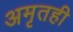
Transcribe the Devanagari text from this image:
अमृतही